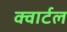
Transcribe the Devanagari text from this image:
क्वार्टल